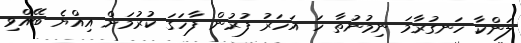
ލަންކާ ހަނގުރާމަ ނިމުނުތާ ހަ އަހަރު ފުރުން ފާހަގަ ކުރުމަށް އިއްޔެ ބޭއްވި